Destruction of fleas by exposure to the sun - Number 40
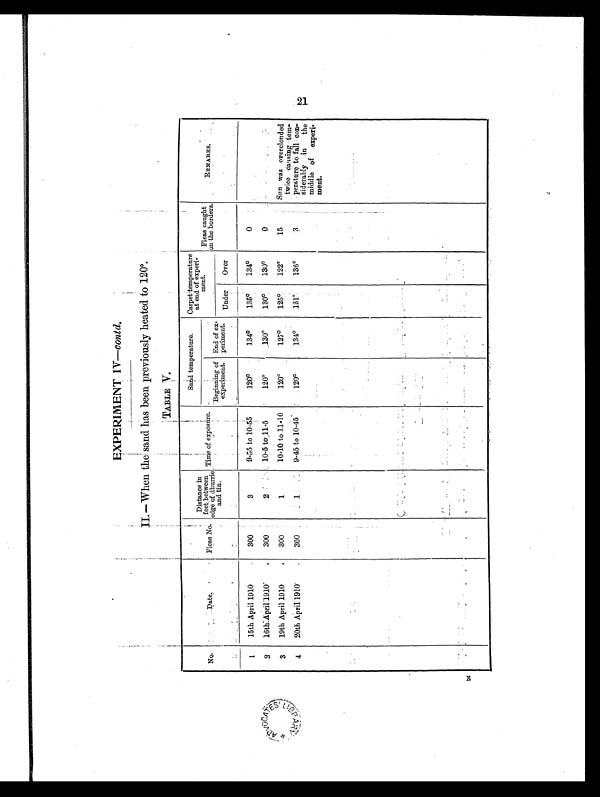
No.
Date.
Fleas No.
Distance
in feet between
edge of dhurrie
and tin.
Time of exposure.
Sand temperature.
Carpet temperature
at end of experi
ment.
Fleas caught
on the borders.
REMARKS.
Beginning o
f experiment.
End of ex
periment. Under Over
1 15th April 1910
. 300
3
9-55 to 10-55
120°134°135°134°0
Sun was overclouded
twice causing tem
perature to fall con
siderably in the
middle of experi
ment.
2 16th:April 1910° .
300
2
10-5 to 11-5
120°130°130°130°0
3 19th April 1910
. 300
1
10-10 to 11-10
120°127°125°122°1 5
4 20th April 1910
.
300
1
9-45 to 10-45
120°134°131°136°3
21 B
EXPERIMENT IV—contd.
II.—When the sand has been previously heated to 120°.
TABLE V.